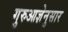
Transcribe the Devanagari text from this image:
गुरुआज्ञेनुसार